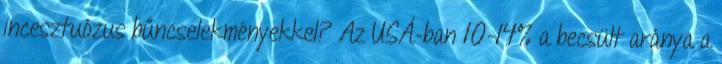
incesztuózus bűncselekményekkel? Az USÁ-ban 10-14% a becsült aránya a